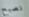
نصبح